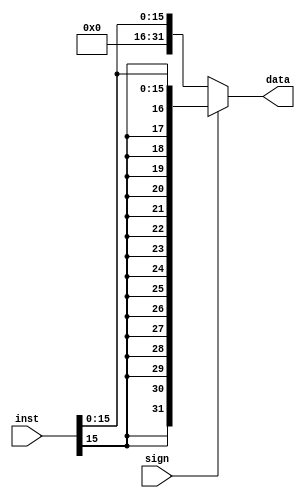
`timescale 1ns / 1ps
//////////////////////////////////////////////////////////////////////////////////
// Company: 
// Engineer: 
// 
// Design Name: 
// Module Name: signext
// Project Name: 
// Target Devices: 
// Tool Versions: 
// Description: 
// 
// Dependencies: 
// 
// Revision:
// Revision 0.01 - File Created
// Additional Comments:
// 
//////////////////////////////////////////////////////////////////////////////////


module signext(
    input sign,
    input [31:0] inst,
    output [31:0] data
    );
    assign data =(sign ? {{16{inst[15]}},inst[15:0]}:{16'h0000,inst[15:0]});
endmodule